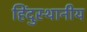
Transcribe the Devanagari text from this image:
हिंदुस्थानीय